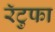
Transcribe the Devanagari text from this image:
रॅटुफा